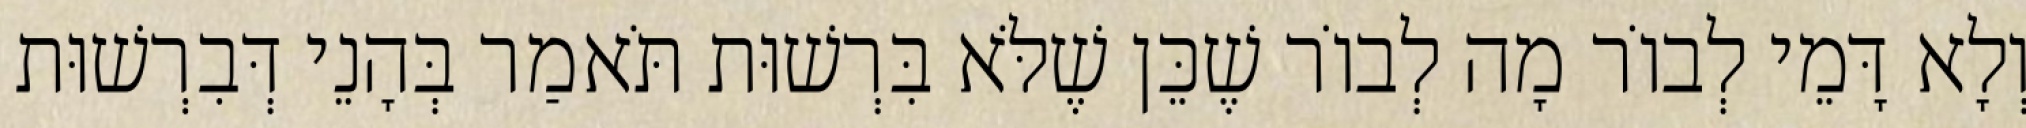
וְלָא דָּמֵי לְבוֹר מָה לְבוֹר שֶׁכֵּן שֶׁלֹּא בִּרְשׁוּת תֹּאמַר בְּהָנֵי דְּבִרְשׁוּת